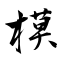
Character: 模